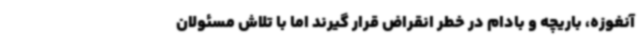
آنغوزه، باریچه و بادام در خطر انقراض قرار گیرند اما با تلاش مسئولان